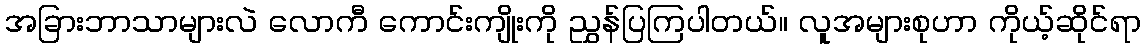
အခြားဘာသာများလဲ လောကီ ကောင်းကျိုးကို ညွှန်ပြကြပါတယ်။ လူအများစုဟာ ကိုယ့်ဆိုင်ရာ